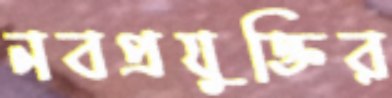
নবপ্রযুক্তির